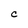
Character: C